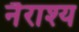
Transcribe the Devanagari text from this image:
नैराश्‍य